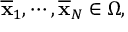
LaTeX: { \overline { { \mathbf { x } } } } _ { 1 } , \cdots , { \overline { { \mathbf { x } } } } _ { N } \in \Omega ,